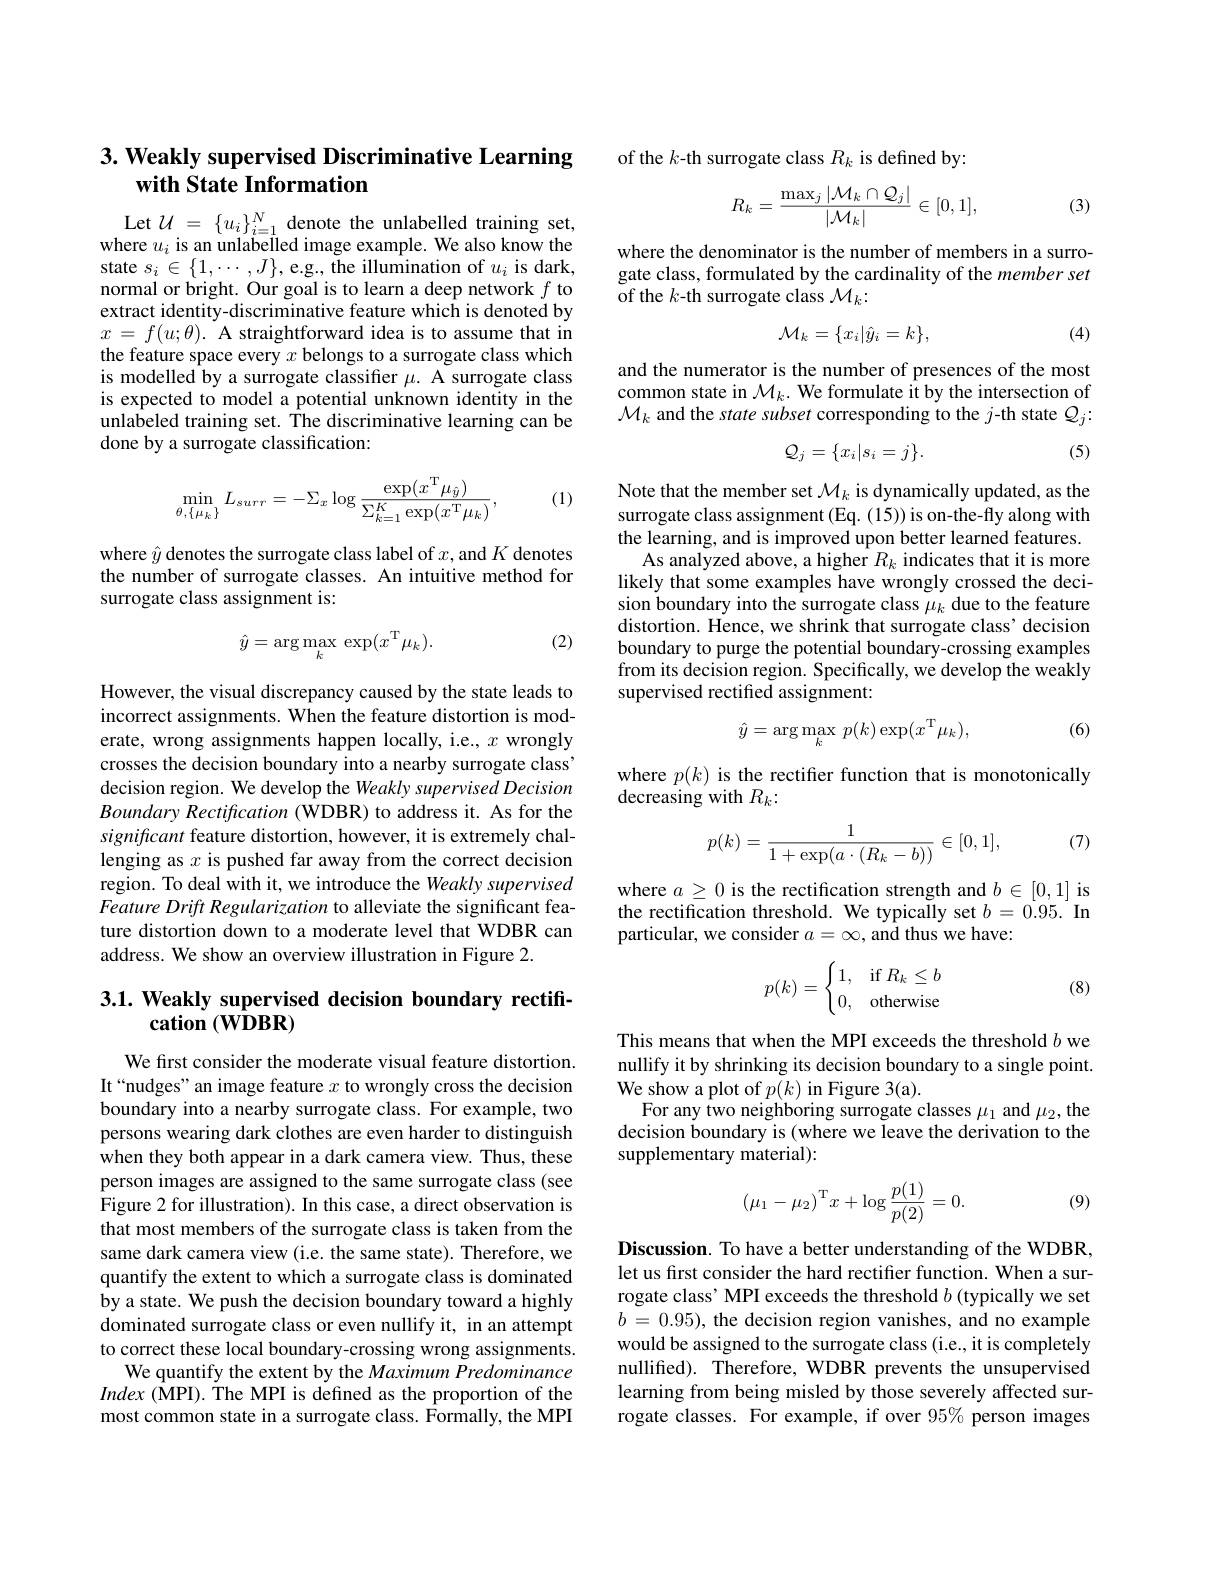
# $3. \textbf{ Weakly supervised Discriminative Learning}$ with State Information

Let $\mathcal{U}=\{u_i\}_{i=1}^N$ denote the unlabelled training set, where $u_i$ is an unlabelled image example. We also know the state $s_i\in\{1,\cdots,J\}$,e.g., the illumination of $u_i$ is dark, normal or bright. Our goal is to learn a deep network $f$ to extract identity-discriminative feature which is denoted by $x=f(u;\theta).{\mathrm{~A~straightforward~idea~is~to~assume~that~in}}$ the feature space every $x$ belongs to a surrogate class which is modelled by a surrogate classiffer $\mu.$ A surrogate class is expected to model a potential unknown identity in the unlabeled training set. The discriminative learning can be done by a surrogate classification:
$$\min\limits_{\theta,\{\mu_k\}}L_{surr}=-\Sigma_x\log\frac{\exp(x^\mathrm{T}\mu_{\hat{y}})}{\Sigma_{k=1}^K\exp(x^\mathrm{T}\mu_k)},$$
(1)

where $\hat{y}$ denotes the surrogate class label of $x$,and $K$ denotes the number of surrogate classes. An intuitive method for surrogate class assignment is:

(2)
$$\hat{y}=\arg\max_{k}\:\exp(x^\mathrm{T}\mu_{k}).$$
However, the visual discrepancy caused by the state leads to incorrect assignments. When the feature distortion is moderate, wrong assignments happen locally, i.e., $x$ wrongly crosses the decision boundary into a nearby surrogate class' decision region. We develop the Weakly supervised Decision Boundary Rectification (WDBR) to address it. As for the significant feature distortion, however, it is extremely challenging as $x$ is pushed far away from the correct decision region. To deal with it, we introduce the Weakly supervised Feature Drift Regularization to alleviate the significant feature distortion down to a moderate level that WDBR can address. We show an overview illustration in Figure 2.

## 3.1. Weakly supervised decision boundary rectification (WDBR)

We first consider the moderate visual feature distortion. It“nudges”an image feature $x$ to wrongly cross the decision boundary into a nearby surrogate class. For example, two persons wearing dark clothes are even harder to distinguish when they both appear in a dark camera view. Thus, these person images are assigned to the same surrogate class (see Figure 2 for illustration). In this case, a direct observation is that most members of the surrogate class is taken from the same dark camera view (i.e. the same state). Therefore, we quantify the extent to which a surrogate class is dominated by a state. We push the decision boundary toward a highly dominated surrogate class or even nullify it, in an attempt to correct these local boundary-crossing wrong assignments.
We quantify the extent by the Maximum Predominance $Index($MPI).The MPI is defined as the proportion of the most common state in a surrogate class. $\hat{\text{Formally,the MPI}}$

of the $k$-th surrogate class $R_k$ is defined by:
$$R_{k}=\frac{\max_{j}|\mathcal{M}_{k}\cap\mathcal{Q}_{j}|}{|\mathcal{M}_{k}|}\in[0,1],$$
(3)

where the denominator is the number of members in a surrogate class, formulated by the cardinality of the member set of the $k$-th surrogate class $\mathcal{M}_k:$

(4)
$$\mathcal{M}_k=\{x_i|\hat{y}_i=k\},$$
and the numerator is the number of presences of the most common state in $\mathcal{M}_k.$ We formulate it by the intersection of $\mathcal{M}_k$ and the state subset corresponding to the j-th state $\mathcal{Q}_j:$

(5)
$$\mathcal{Q}_{j}=\{x_{i}|s_{i}=j\}.$$
Note that the member set $\mathcal{M}_k$ is dynamically updated, as the surrogate class assignment (Eq. (15)) is on-the-fly along with the learning, and is improved upon better learned features.
As analyzed above, a higher $R_k$ indicates that it is more likely that some examples have wrongly crossed the decision boundary into the surrogate class $\mu_k$ due to the feature distortion. Hence, we shrink that surrogate class' decision boundary to purge the potential boundary-crossing examples from its decision region. Specifically, we develop the weakly supervised rectified assignment:

(6)
$$\hat{y}=\arg\max_{k}\:p(k)\exp(x^{\mathrm{T}}\mu_{k}),$$
where $p(k)$ is the rectifer function that is monotonically
decreasing with $R_k:$

(7)
$$p(k)=\frac{1}{1+\exp(a\cdot(R_k-b))}\in[0,1],$$
where $a\geq0$ is the rectification strength and $b\in[0,1]$ is the rectification threshold. We typically set $b=0.95.$ In particular, we consider $a= \infty , \text{an\^ {d}thuswehave: }$
$$p(k)=\begin{cases}1,&\text{if}R_k\leq b\\0,&\text{otherwise}\end{cases}$$
(8)

This means that when the MPI exceeds the threshold $b$ we nullify it by shrinking its decision boundary to a single point. We show a plot of $p(k)$ in Figure 3(a).
For any two neighboring surrogate classes $\mu_1$ and $\mu_2$,the decision boundary is (where we leave the derivation to the supplementary material):
$$\begin{pmatrix}\mu_1-\mu_2\end{pmatrix}^\mathrm{T}x+\log\frac{p(1)}{p(2)}=0.$$
(9)

Discussion. To have a better understanding of the WDBR, let us first consider the hard rectifier function. When a surrogate class' MPI exceeds the threshold $b$ (typically we set $b$ = 0.95), the decision region vanishes, and no example would be assigned to the surrogate class (i.e., it is completely nullified). Therefore, WDBR prevents the unsupervised learning from being misled by those severely affected surrogate classes. For example, if over 95% person images